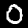
Digit: 0